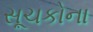
સૂચકોના